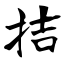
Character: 拮